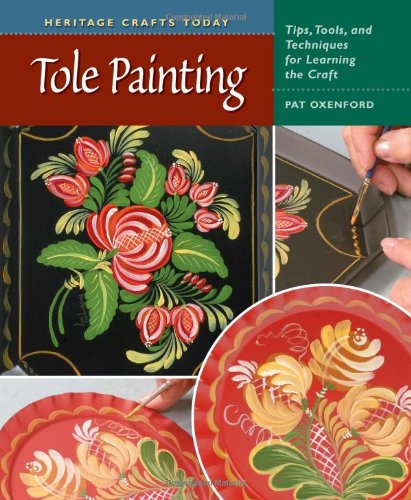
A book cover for Tole Painting: Tips, Tools, and Techniques for Learning the Craft (Heritage Crafts); Pat Oxenford; Crafts, Hobbies & Home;